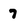
Character: 7